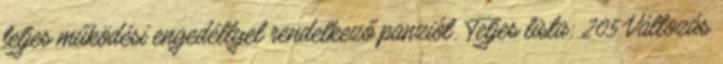
teljes működési engedéllyel rendelkező panziót. Teljes lista: 205 Változás